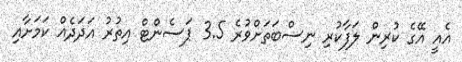
އެއީ އޭގެ ކުރިން ލަފާކުރި ނިސްބަތަށްވުރެ 3.5 ޕަސެންޓް އިތުރު އަދަދެއް ކަމަށާއި